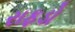
રાફડો